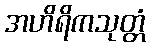
အဟိရိကသုတ္တံ